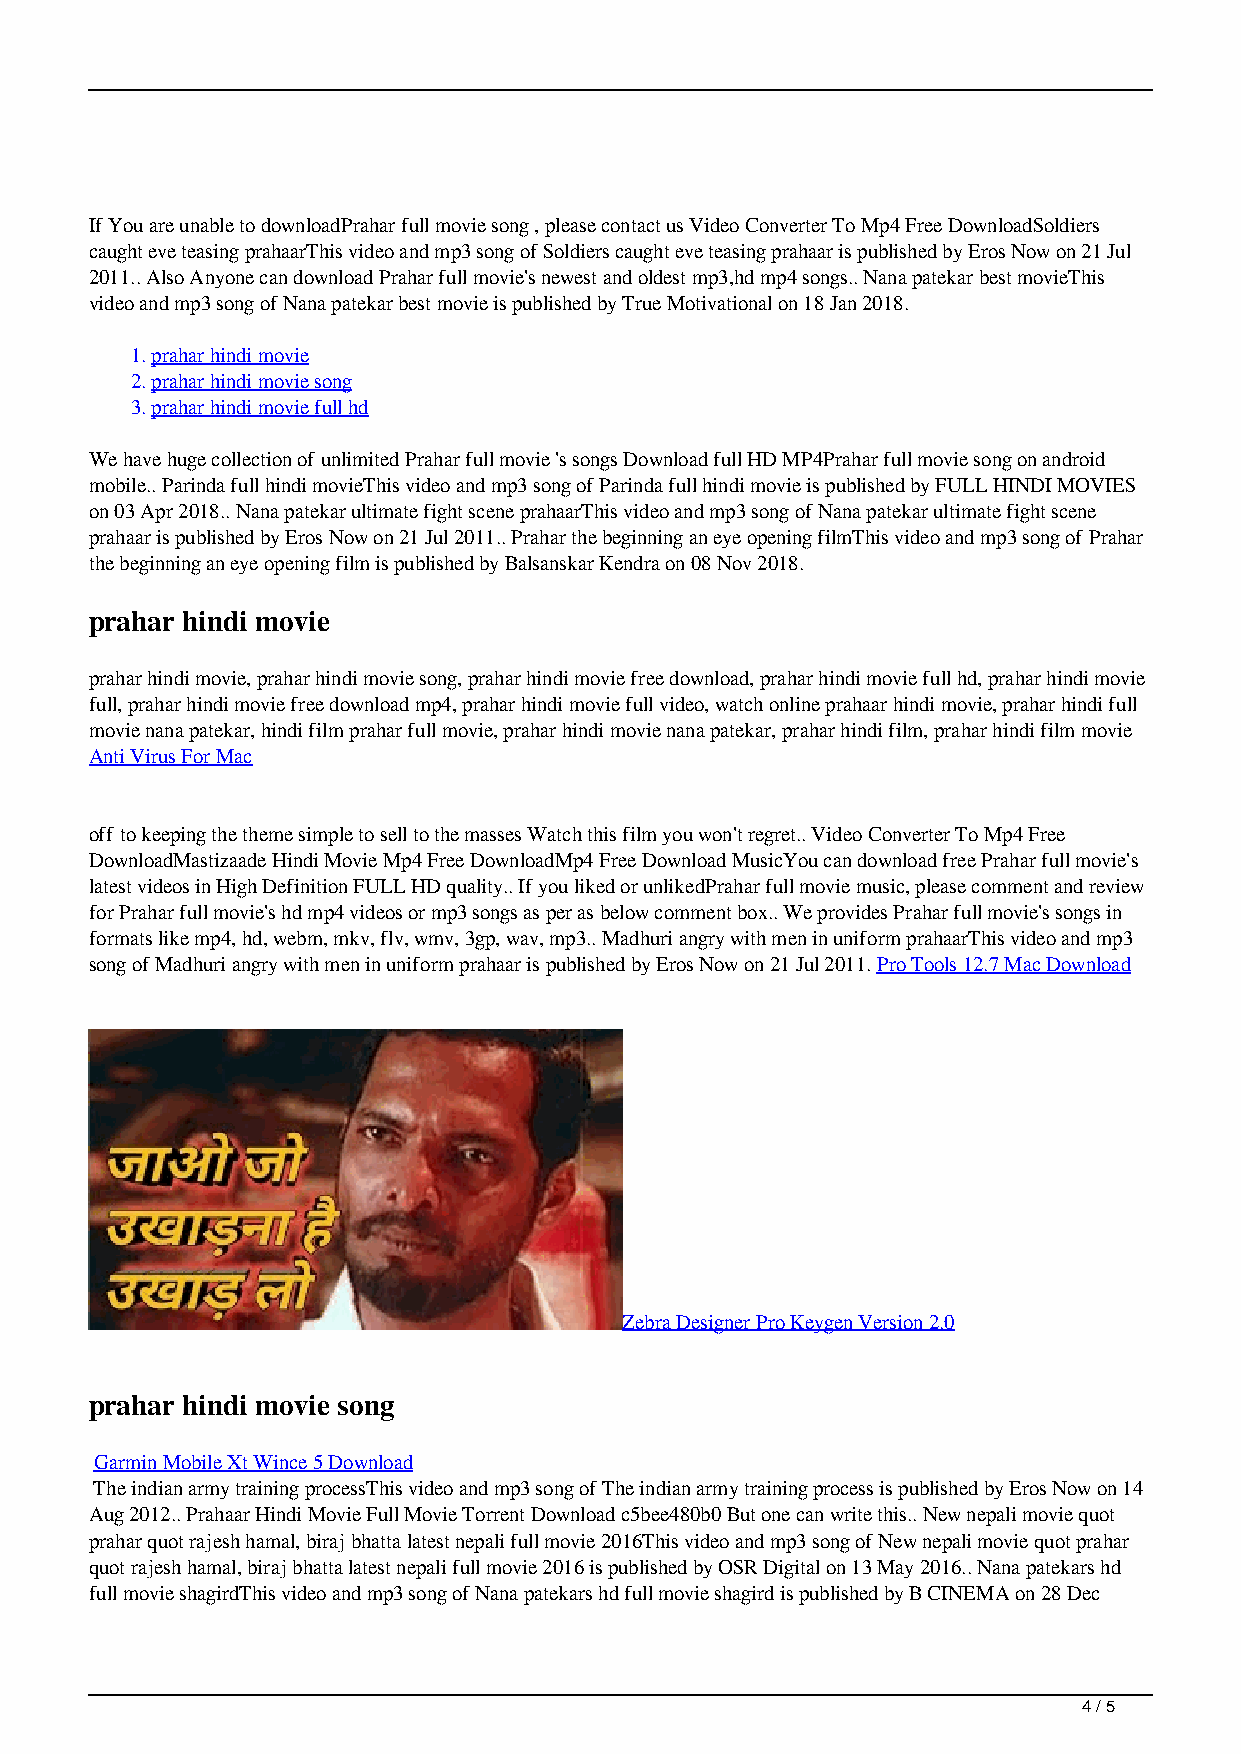
If You are unable to downloadPrahar full movie song , please contact us Video Converter To Mp4 Free DownloadSoldiers
 caught eve teasing prahaarThis video and mp3 song of Soldiers caught eve teasing prahaar is published by Eros Now on 21 Jul
 2011.. Also Anyone can download Prahar full movie's newest and oldest mp3,hd mp4 songs.. Nana patekar best movieThis
 video and mp3 song of Nana patekar best movie is published by True Motivational on 18 Jan 2018.
 1.prahar hindi movie
 2.prahar hindi movie song
 3.prahar hindi movie full hd
 We have huge collection of unlimited Prahar full movie 's songs Download full HD MP4Prahar full movie song on android
 mobile.. Parinda full hindi movieThis video and mp3 song of Parinda full hindi movie is published by FULL HINDI MOVIES
 on 03 Apr 2018.. Nana patekar ultimate fight scene prahaarThis video and mp3 song of Nana patekar ultimate fight scene
 prahaar is published by Eros Now on 21 Jul 2011.. Prahar the beginning an eye opening filmThis video and mp3 song of Prahar
 the beginning an eye opening film is published by Balsanskar Kendra on 08 Nov 2018.
 prahar hindi movie
 prahar hindi movie, prahar hindi movie song, prahar hindi movie free download, prahar hindi movie full hd, prahar hindi movie
 full, prahar hindi movie free download mp4, prahar hindi movie full video, watch online prahaar hindi movie, prahar hindi full
 movie nana patekar, hindi film prahar full movie, prahar hindi movie nana patekar, prahar hindi film, prahar hindi film movie
 Anti Virus For Mac
 off to keeping the theme simple to sell to the masses Watch this film you won't regret.. Video Converter To Mp4 Free
 DownloadMastizaade Hindi Movie Mp4 Free DownloadMp4 Free Download MusicYou can download free Prahar full movie's
 latest videos in High Definition FULL HD quality.. If you liked or unlikedPrahar full movie music, please comment and review
 for Prahar full movie's hd mp4 videos or mp3 songs as per as below comment box.. We provides Prahar full movie's songs in
 formats like mp4, hd, webm, mkv, flv, wmv, 3gp, wav, mp3.. Madhuri angry with men in uniform prahaarThis video and mp3
 song of Madhuri angry with men in uniform prahaar is published by Eros Now on 21 Jul 2011. Pro Tools 12.7 Mac Download
 Zebra Designer Pro Keygen Version 2.0
 prahar hindi movie song
 Garmin Mobile Xt Wince 5 Download
 The indian army training processThis video and mp3 song of The indian army training process is published by Eros Now on 14
 Aug 2012.. Prahaar Hindi Movie Full Movie Torrent Download c5bee480b0 But one can write this.. New nepali movie quot
 prahar quot rajesh hamal, biraj bhatta latest nepali full movie 2016This video and mp3 song of New nepali movie quot prahar
 quot rajesh hamal, biraj bhatta latest nepali full movie 2016 is published by OSR Digital on 13 May 2016.. Nana patekars hd
 full movie shagirdThis video and mp3 song of Nana patekars hd full movie shagird is published by B CINEMA on 28 Dec
 4 / 5